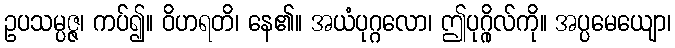
ဥပသမ္ပဇ္ဇ၊ ကပ်၍။ ဝိဟရတိ၊ နေ၏။ အယံပုဂ္ဂလော၊ ဤပုဂ္ဂိုလ်ကို။ အပ္ပမေယျော၊